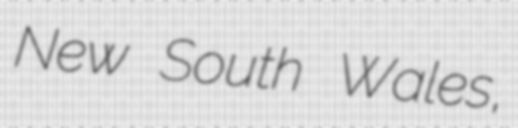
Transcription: New South Wales,